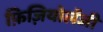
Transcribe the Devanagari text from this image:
फ़िज़ियोलॅजी